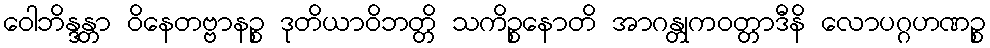
ဝေါဘိန္ဒန္တာ ဝိနေတဗ္ဗာနဉ္စ ဒုတိယာဝိဘတ္တိ သကိဉ္စနောတိ အာဂန္တုကဝတ္တာဒီနိ လောပဂ္ဂဟဏဉ္စ